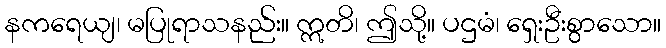
နကရေယျ၊ မပြုရာသနည်း။ ဣတိ၊ ဤသို့။ ပဌမံ၊ ရှေးဦးစွာသော။